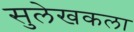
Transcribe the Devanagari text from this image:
सुलेखकला